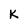
Character: k